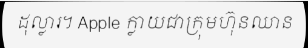
ដុល្លារ។ Apple ក្លាយជាក្រុមហ៊ុនឈាន